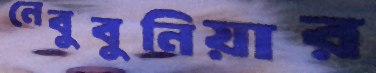
নেবুবুনিয়ার